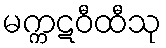
မက္ကဋဝီထီသု